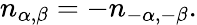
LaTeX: n_{\alpha,\beta}=-n_{-\alpha,-\beta}.